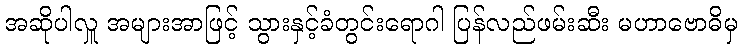
အဆိုပါလှူ အများအာဖြင့် သွားနှင့်ခံတွင်းရောဂါ ပြန်လည်ဖမ်းဆီး မဟာဗောဓိမှ